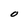
Character: O